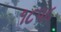
૧૮૫૮